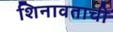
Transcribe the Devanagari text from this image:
शिनावताची